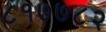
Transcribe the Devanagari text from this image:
८१७७८२